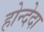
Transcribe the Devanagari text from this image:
होन्देदा